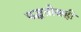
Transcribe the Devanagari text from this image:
पद्धतीसही